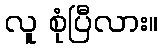
လူ စုံပြီလား။